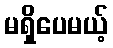
မရှိပေမယ့်